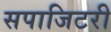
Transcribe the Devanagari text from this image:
सपाजिटरी